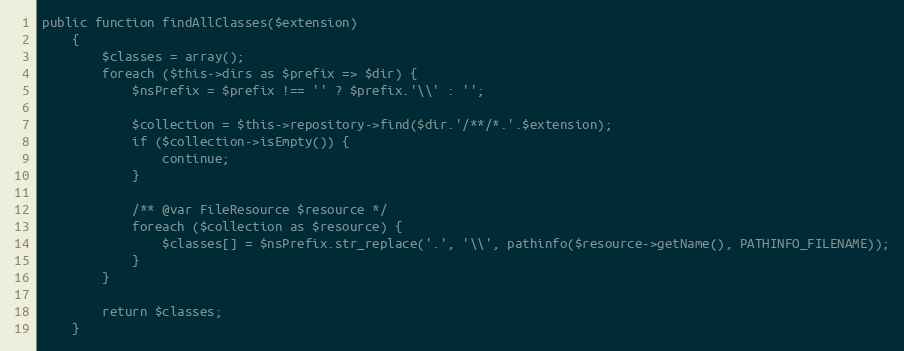
Language: PHP
public function findAllClasses($extension)
    {
        $classes = array();
        foreach ($this->dirs as $prefix => $dir) {
            $nsPrefix = $prefix !== '' ? $prefix.'\\' : '';

            $collection = $this->repository->find($dir.'/**/*.'.$extension);
            if ($collection->isEmpty()) {
                continue;
            }

            /** @var FileResource $resource */
            foreach ($collection as $resource) {
                $classes[] = $nsPrefix.str_replace('.', '\\', pathinfo($resource->getName(), PATHINFO_FILENAME));
            }
        }

        return $classes;
    }